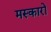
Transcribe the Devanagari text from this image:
मस्कारो